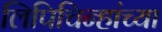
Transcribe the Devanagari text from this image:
लिपिचिन्हांच्या